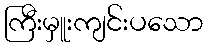
ကြီးမှူးကျင်းပသော